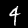
Label: 4